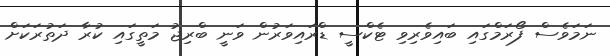
ނަމަވެސް ފޯރަމްގައި ބައިވެރިވި ޓެކްސީ ޑްރައިވަރުން ވަނީ ބްރިޖު މަތީގައި ކުރާ ދަތުރަކަށް